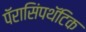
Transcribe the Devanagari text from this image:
पॅरासिंपथॅटिक